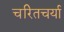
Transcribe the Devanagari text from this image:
चरितचर्या